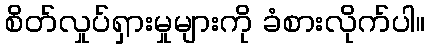
စိတ်လှုပ်ရှားမှုများကို ခံစားလိုက်ပါ။